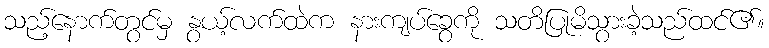
သည့်နောက်တွင်မှ နွယ့်လက်ထဲက နားကျပ်ခွေကို သတိပြုမိသွားခဲ့သည်ထင်၏။